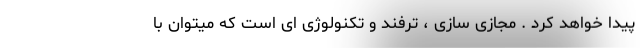
پیدا خواهد کرد . مجازی سازی ، ترفند و تکنولوژی ای است که میتوان با